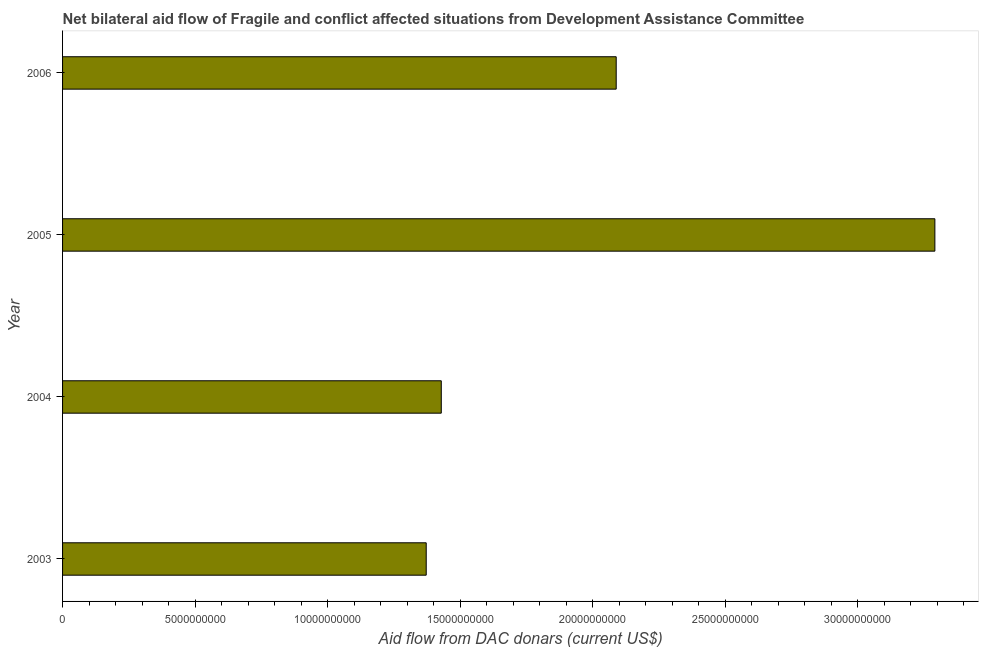
| Year | Net bilateral aid flows from DAC donors |
 | --- | --- |
 | 2003 | 1.37e+10 |
 | 2004 | 1.43e+10 |
 | 2005 | 3.29e+10 |
 | 2006 | 2.09e+10 |